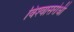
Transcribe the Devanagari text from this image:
विश्‍वासरोधी